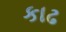
કાઢ